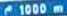
1000m